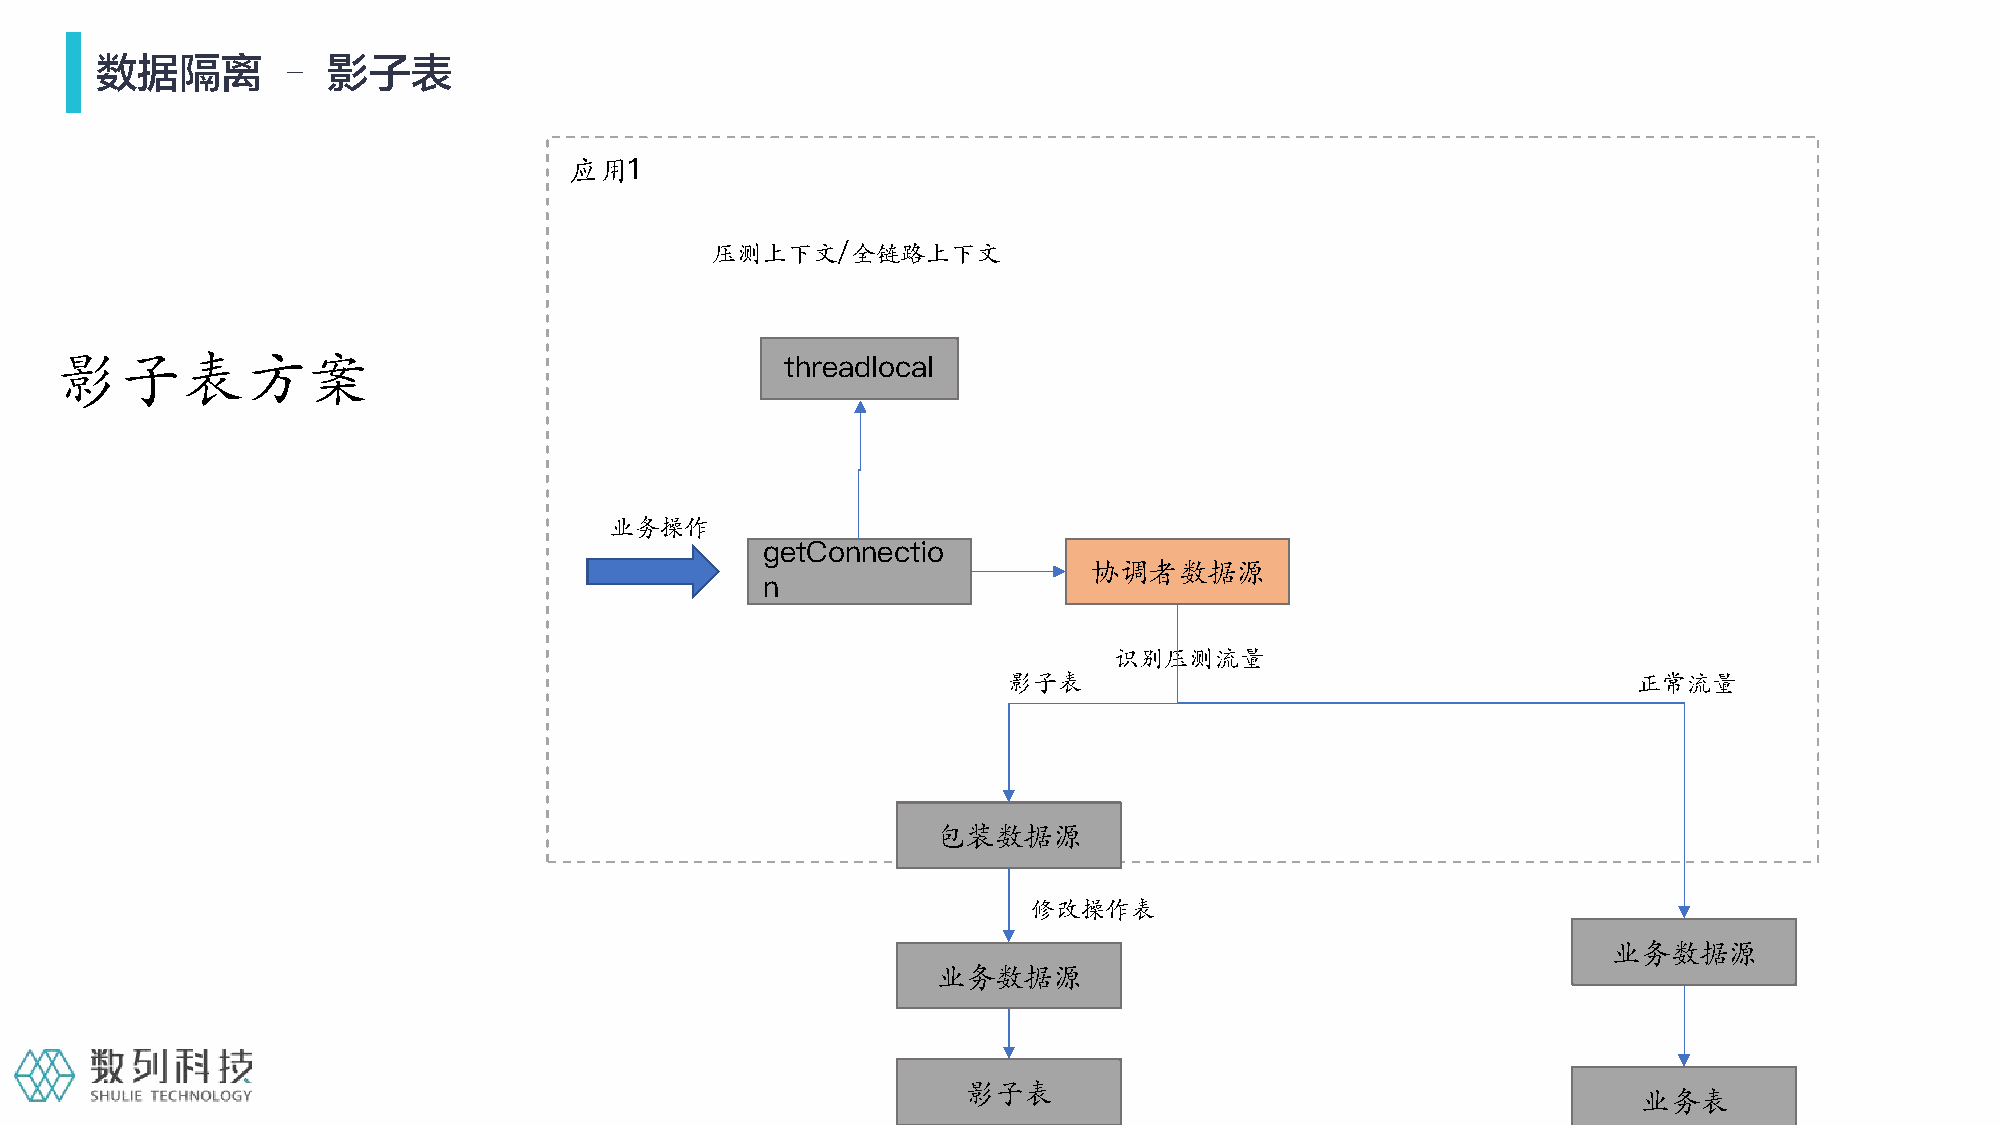
数据隔离        –   影子表
 应用1
 压测上下文/全链路上下文
 影子表方案                                           threadlocal
 业务操作
 getConnectio
 协调者数据源
 n
 识别压测流量
 影子表                                      正常流量
 包装数据源
 修改操作表
 业务数据源
 业务数据源
 影子表
 业务表